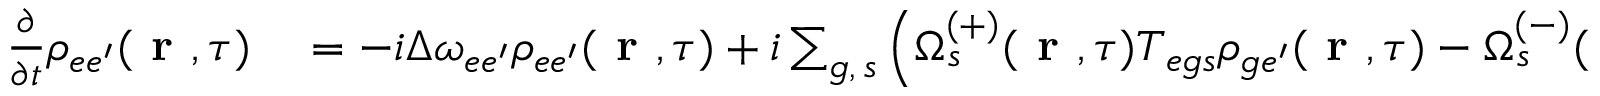
\begin{array} { r l } { \frac { \partial } { \partial t } \rho _ { e e ^ { \prime } } ( \textbf { r } , \tau ) } & { { } = - i \Delta \omega _ { e e ^ { \prime } } \rho _ { { e e ^ { \prime } } } ( \textbf { r } , \tau ) + i \sum _ { g , \, s } \left( \Omega _ { s } ^ { ( + ) } ( \textbf { r } , \tau ) T _ { { e g } s } \rho _ { { g e ^ { \prime } } } ( \textbf { r } , \tau ) - \Omega _ { s } ^ { ( - ) } ( \textbf { r } , \tau ) \rho _ { { e g } } ( \textbf { r } , \tau ) T _ { { g e ^ { \prime } } s } \right) , } \end{array}